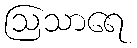
ဩသာရေ